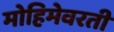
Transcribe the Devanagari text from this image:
मोहिमेवरती